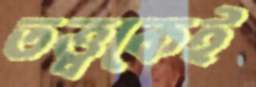
তত্ত্বকেই